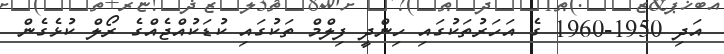
އަދި 1950-1960 ގެ އަހަރުތަކުގައި ހިންދީ ފިލްމް ތަކުގައި ކުޑަކުއްޖެއްގެ ރޯލް ކުޅެގެން